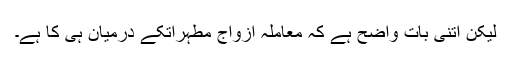
لیکن اتنی بات واضح ہے کہ معاملہ ازواج مطہراتکے درمیان ہی کا ہے۔